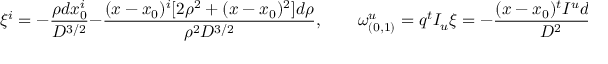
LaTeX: \xi ^ { i } = - { \frac { \rho d x _ { 0 } ^ { i } } { D ^ { 3 / 2 } } } - { \frac { ( x - x _ { 0 } ) ^ { i } [ 2 \rho ^ { 2 } + ( x - x _ { 0 } ) ^ { 2 } ] d \rho } { \rho ^ { 2 } D ^ { 3 / 2 } } } , \quad \quad \omega _ { ( 0 , 1 ) } ^ { u } = q ^ { t } I _ { u } \xi = - { \frac { ( x - x _ { 0 } ) ^ { t } I ^ { u } d x _ { 0 } } { D ^ { 2 } } } .